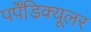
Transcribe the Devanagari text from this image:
पर्पेंडिक्यूलर